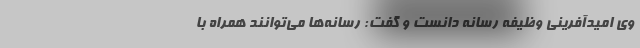
وی امیدآفرینی وظیفه رسانه دانست و گفت: رسانه‌ها می‌توانند همراه با